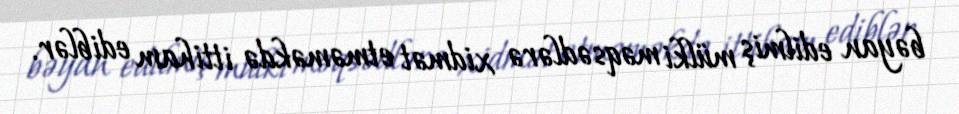
bəyan edilmiş mülki məqsədlərə xidmət etməməkdə ittiham ediblər.